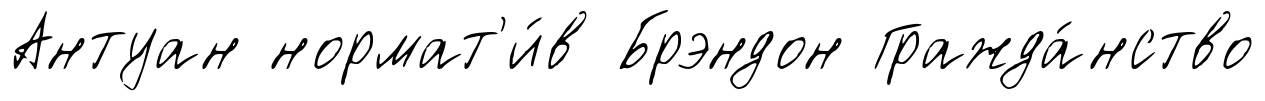
Антуан нормат'и́в Брэндон Гражда́нство